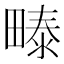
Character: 𰣏